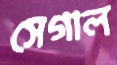
সেগাল